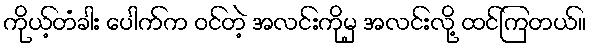
ကိုယ့်တံခါး ပေါက်က ဝင်တဲ့ အလင်းကိုမှ အလင်းလို့ ထင်ကြတယ်။